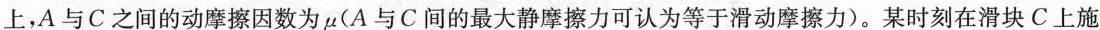
上，A与C之间的动摩擦因数为μ(A与C间的最大静摩擦力可认为等于滑动摩擦力)。某时刻在滑块C上施